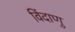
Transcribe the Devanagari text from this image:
विंदाणु